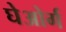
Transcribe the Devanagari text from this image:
घेओर्ग